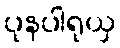
ပုနပါရုယှ